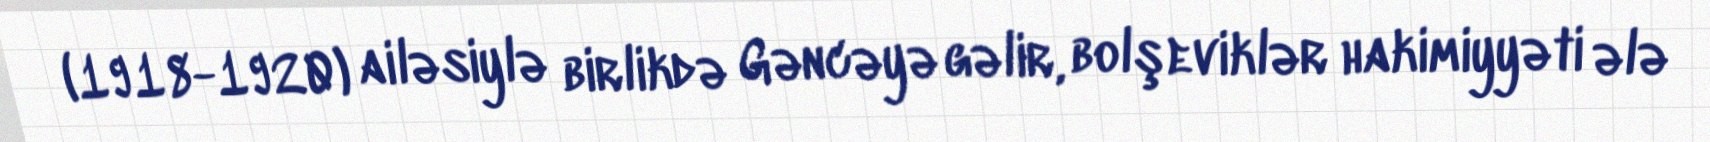
(1918-1920) ailəsiylə birlikdə Gəncəyə gəlir, bolşeviklər hakimiyyəti ələ